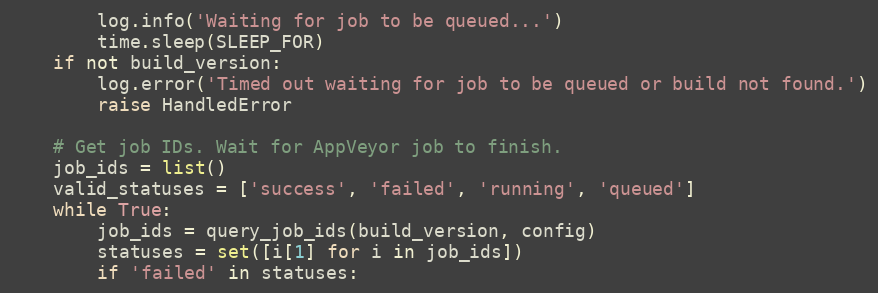
Language: Python
        log.info('Waiting for job to be queued...')
        time.sleep(SLEEP_FOR)
    if not build_version:
        log.error('Timed out waiting for job to be queued or build not found.')
        raise HandledError

    # Get job IDs. Wait for AppVeyor job to finish.
    job_ids = list()
    valid_statuses = ['success', 'failed', 'running', 'queued']
    while True:
        job_ids = query_job_ids(build_version, config)
        statuses = set([i[1] for i in job_ids])
        if 'failed' in statuses: